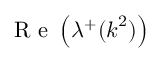
\mathrm { ~ R ~ e ~ } \left( \lambda ^ { + } ( \boldsymbol { k } ^ { 2 } ) \right)